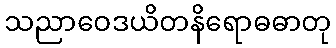
သညာဝေဒယိတနိရောဓဓာတု